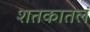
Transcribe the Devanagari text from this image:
शतकातलं